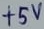
Text: +5V